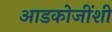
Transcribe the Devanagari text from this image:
आडकोजींशी